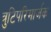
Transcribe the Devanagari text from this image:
त्रुटिपरिमार्जक